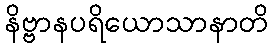
နိဗ္ဗာနပရိယောသာနာတိ